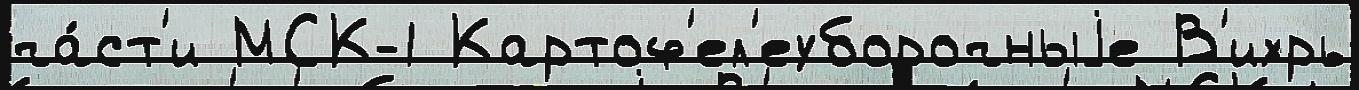
ча́ст'и МСК-1 Картоф'ел'еуборочныjе В'ихрь